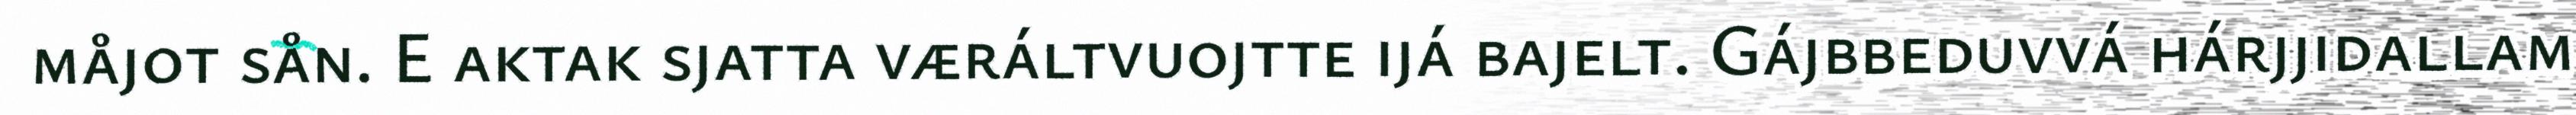
måjot sån. E aktak sjatta væráltvuojtte ijá bajelt. Gájbbeduvvá hárjjidallam